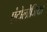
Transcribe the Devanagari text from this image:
एंटोलोजिया